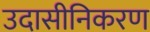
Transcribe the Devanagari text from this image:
उदासीनिकरण